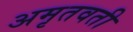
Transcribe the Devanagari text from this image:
अमृतवती